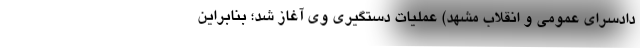
دادسرای عمومی و انقلاب مشهد) عملیات دستگیری وی آغاز شد؛ بنابراین